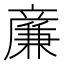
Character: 𠔳